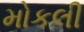
મોકલી